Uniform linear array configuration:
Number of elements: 4
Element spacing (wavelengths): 1
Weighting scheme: blackman
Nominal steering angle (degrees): -45
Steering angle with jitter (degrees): -45.265
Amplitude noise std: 0.05
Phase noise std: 0.05

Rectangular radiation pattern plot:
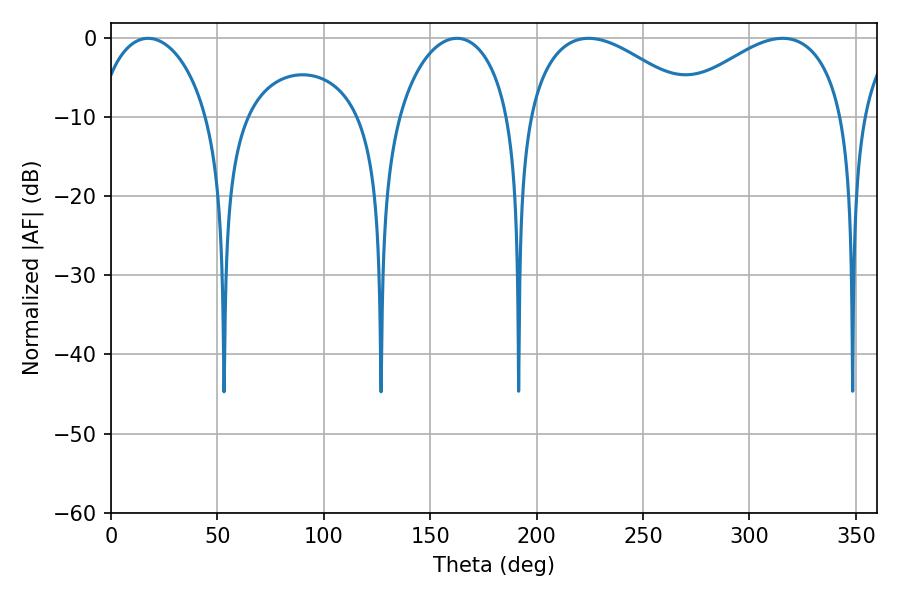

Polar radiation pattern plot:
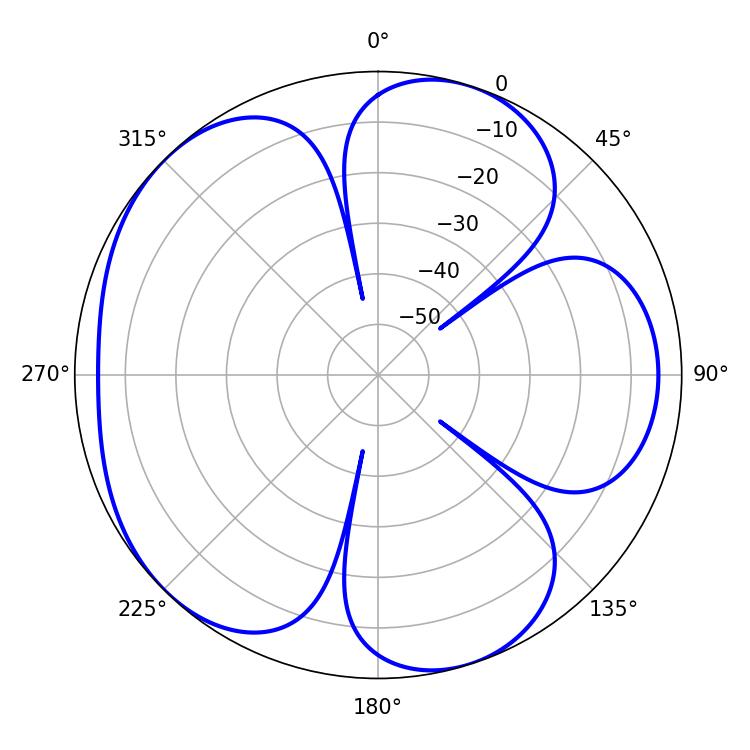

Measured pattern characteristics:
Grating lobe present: TRUE
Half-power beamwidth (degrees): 30.42
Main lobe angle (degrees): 17.46